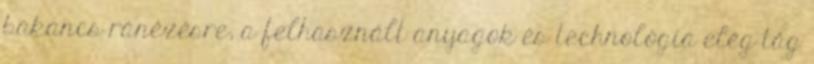
bakancs ránézésre, a felhasznált anyagok és technológia elég tág